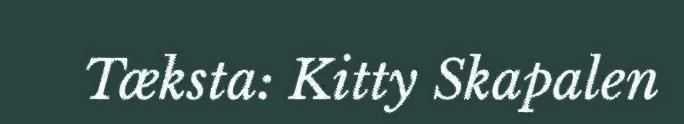
Tæksta: Kitty Skapalen